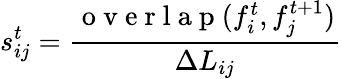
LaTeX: s_{ij}^{t}=\frac{\mathrm{~o~v~e~r~l~a~p~}(f_{i}^{t},f_{j}^{t+1})}{\Delta L_{ij}}